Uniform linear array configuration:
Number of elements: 24
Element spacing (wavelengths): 0.75
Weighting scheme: cosine
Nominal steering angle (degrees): -45
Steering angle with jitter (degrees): -46.1
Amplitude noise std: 0.05
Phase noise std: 0.05

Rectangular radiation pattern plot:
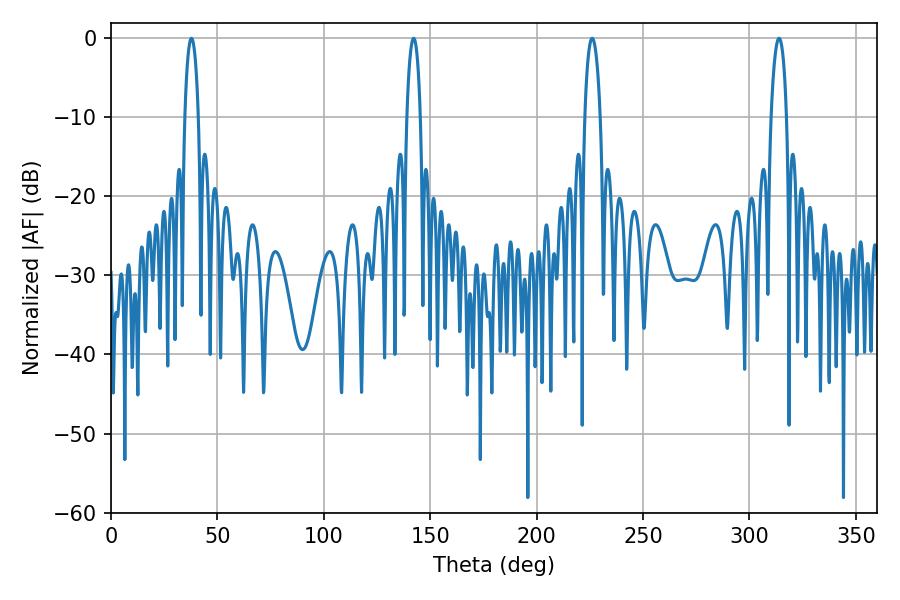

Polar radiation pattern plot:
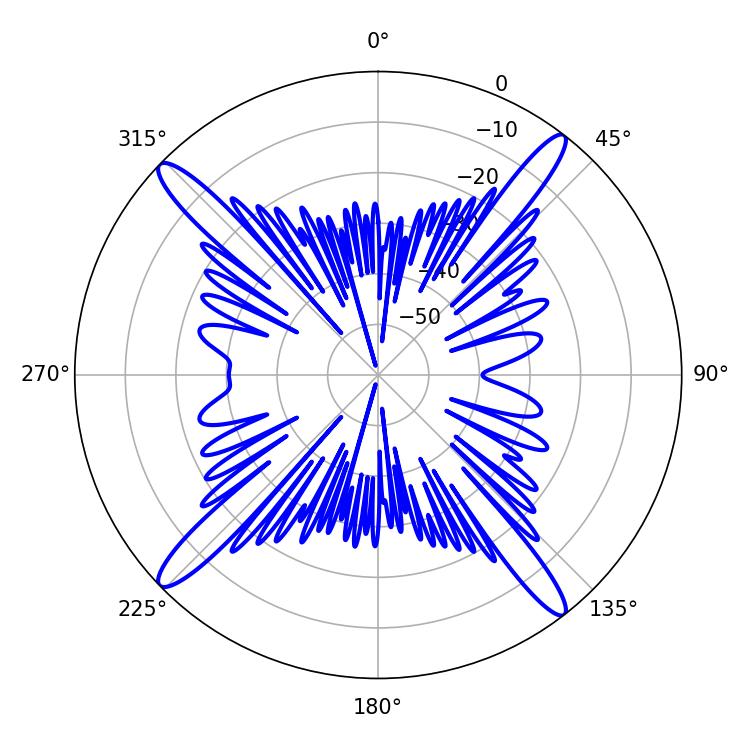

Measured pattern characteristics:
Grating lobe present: TRUE
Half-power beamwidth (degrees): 3.6
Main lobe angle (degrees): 37.8